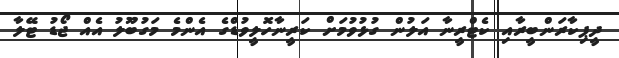
ދީޕިކާރަންބީރާއި ކެޓްރީނާ އަލުން ގުޅުވުމަށް ކަރީނާހޮލީވުޑްގެ އެންމެ މަގުބޫލު އެއް ޖޯޑު ޓޭލާ